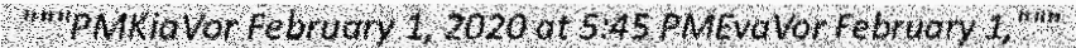
"""PMKiaVor February 1, 2020 at 5:45 PMEvaVor February 1,"""